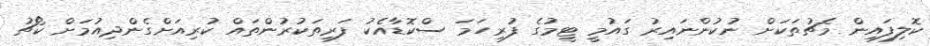
ކޮލިފައިން މެޗުތަކަށް ނުކުންނައިރު ގައުމީ ޓީމުގެ ފުރިހަމަ ސްކޮޑާއެކު ފަރިތަކުރުންތައް ކުރިއަށްގެންދިއުމަށް ކޯޗު